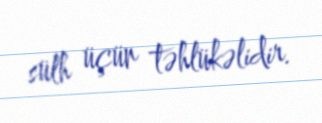
sülh üçün təhlükəlidir.